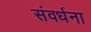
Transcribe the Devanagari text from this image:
संवर्धना